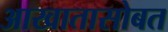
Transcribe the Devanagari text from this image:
आखातासोबत